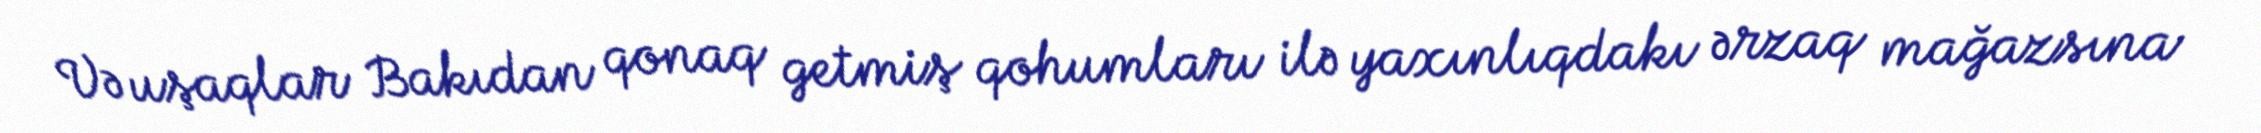
Və uşaqlar Bakıdan qonaq getmiş qohumları ilə yaxınlıqdakı ərzaq mağazsına